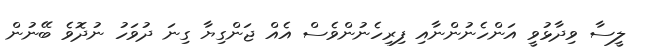
ލީސާ ވިދާޅުވީ އަންހެނުންނާއި ފިރިހެނުންވެސް އެއް ޖަންގިޔާ ގިނަ ދުވަހު ނުދޮވެ ބޭނުން